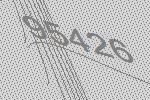
95426